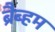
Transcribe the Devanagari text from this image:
ब्रैब्हम